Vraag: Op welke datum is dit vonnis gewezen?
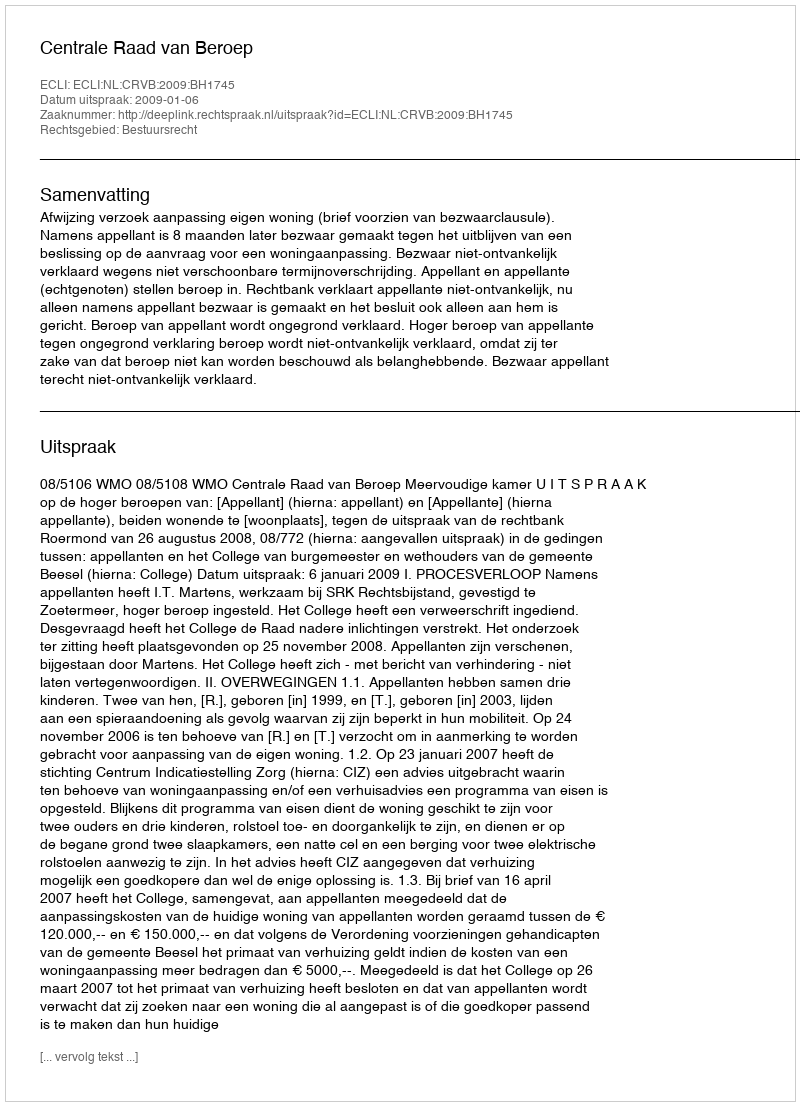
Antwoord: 2009-01-06